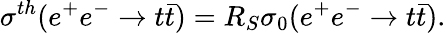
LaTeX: \sigma^{th}(e^{+}e^{-}\rightarrow t\bar{t})=R_{S}\sigma_{0}(e^{+}e^{-}\rightarrow t\bar{t}).